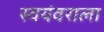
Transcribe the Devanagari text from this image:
स्वयंवराला